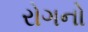
રોગનો